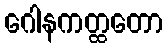
ဂေါနကတ္ထတော